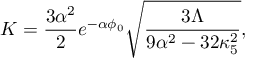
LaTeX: K = { \frac { 3 \alpha ^ { 2 } } { 2 } } e ^ { - \alpha \phi _ { 0 } } \sqrt { \frac { 3 \Lambda } { 9 \alpha ^ { 2 } - 3 2 \kappa _ { 5 } ^ { 2 } } } ,